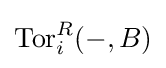
\operatorname {Tor} _{i}^{R}(-,B)